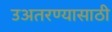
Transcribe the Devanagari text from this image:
उअतरण्यासाठी